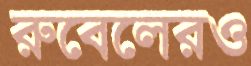
রুবেলেরও